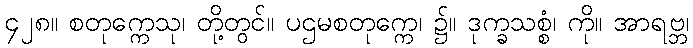
၄၂၈။ စတုက္ကေသု၊ တို့တွင်။ ပဌမစတုက္ကေ၊ ၌။ ဒုက္ခသစ္စံ၊ ကို။ အာရဗ္ဘ၊